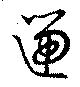
遄